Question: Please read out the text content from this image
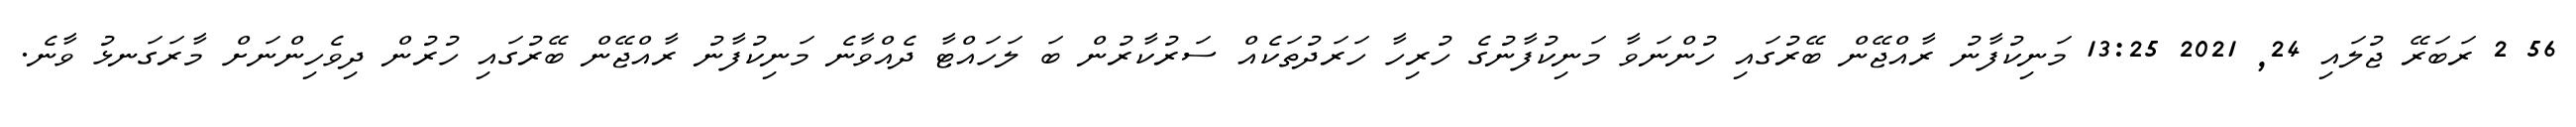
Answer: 56 2 ރަބަރޭ ޖުލައި 24, 2021 13:25 މަނިކުފާނު ރާއްޖޭން ބޭރުގައި ހުންނަވާ މަނިކުފާނުގެ ހުރިހާ ހަރަދުތަކެއް ސަރުކާރުން ބަ ލަހައްޓާ ދެއްވާނެ މަނިކުފާނު ރާއްޖޭން ބޭރުގައި ހުރުން ދިވެހިންނަށް މާރަގަނޅު ވާނެ.